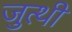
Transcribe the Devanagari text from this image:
जुत्थी